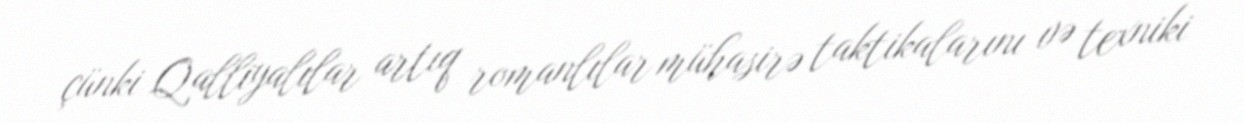
çünki Qalliyalılar artıq romanlılar mühasirə taktikalarını və texniki